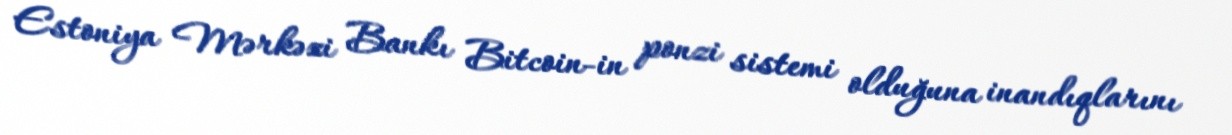
Estoniya Mərkəzi Bankı Bitcoin-in ponzi sistemi olduğuna inandıqlarını